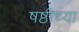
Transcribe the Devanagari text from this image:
षष्ठीच्या